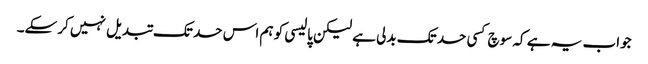
جواب یہ ہے کہ سوچ کسی حد تک بدلی ہے لیکن پالیسی کو ہم اس حد تک تبدیل نہیں کرسکے۔